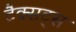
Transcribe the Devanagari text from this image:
टैक्सट्स